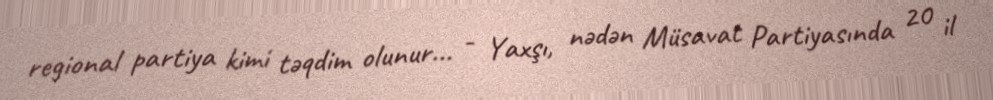
regional partiya kimi təqdim olunur... - Yaxşı, nədən Müsavat Partiyasında 20 il